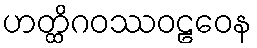
ဟတ္ထိဂဝဿဝဠဝေန